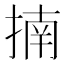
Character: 揇